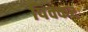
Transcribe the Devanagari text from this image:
पिक्कर